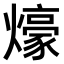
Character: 𤐶